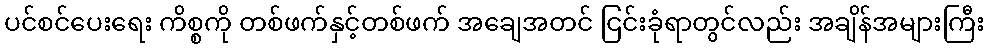
ပင်စင်ပေးရေး ကိစ္စကို တစ်ဖက်နှင့်တစ်ဖက် အချေအတင် ငြင်းခုံရာတွင်လည်း အချိန်အများကြီး